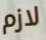
لازم